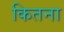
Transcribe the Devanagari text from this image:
कितना